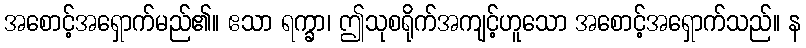
အစောင့်အရှောက်မည်၏။ ဧသာ ရက္ခာ၊ ဤသုစရိုက်အကျင့်ဟူသော အစောင့်အရှောက်သည်။ န